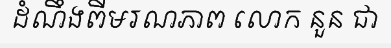
ដំណឹងពីមរណភាព លោក នួន ជា